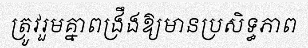
ត្រូវរួមគ្នាពង្រឹងឱ្យមានប្រសិទ្ធភាព